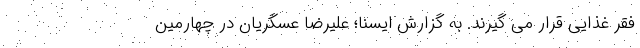
فقر غذایی قرار می گیرند. به گزارش ایسنا؛ علیرضا عسگریان در چهارمین